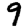
Digit: 9